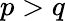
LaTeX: p>q